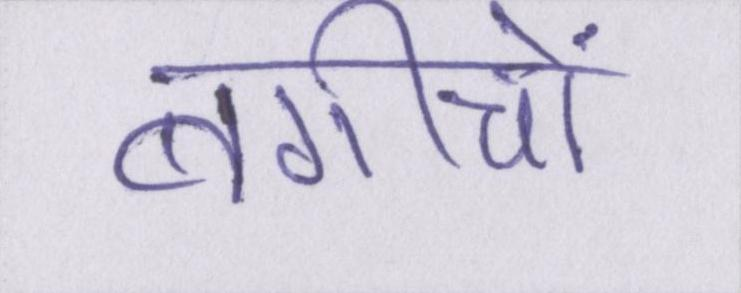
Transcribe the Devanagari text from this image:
बगीचों